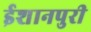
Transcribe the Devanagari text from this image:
ईशानपुरी